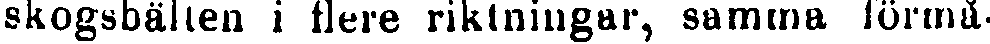
skogsbälten i flere riktningar, samma förmå-